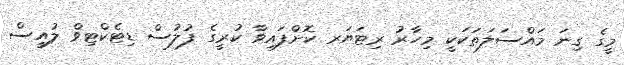
މީގެ ގިނަ މައްސަލަތަކަކީ މިހާރު ރިޓަޔަރ ކޮށްފައިވާ ކުރީގެ ފުލުސް ޑިޓެކްޓިވް ލުއީސް